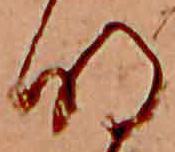
明